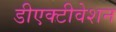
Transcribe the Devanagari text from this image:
डीएक्टीवेशन